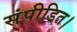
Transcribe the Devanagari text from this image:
संपीडित।